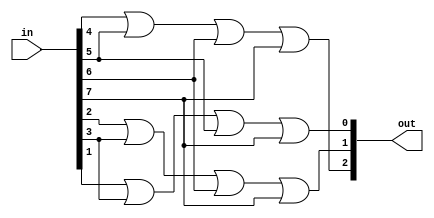
module akash (in, out);
input [7:0] in;
output [2:0] out;
reg [2:0] out;
always @(in)
begin
out = en(in);
end

function [2:0] en;
input [7:0] x;
reg [2:0] y;

begin
y[2]=x[4]|x[5]|x[6]|x[7];
y[1]=x[2]|x[3]|x[6]|x[7];
y[0]=x[1]|x[3]|x[5]|x[7];
en = {y[2],y[1],y[0]};
end
endfunction
endmodule